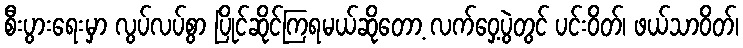
စီးပွားရေးမှာ လွပ်လပ်စွာ ပြိုင်ဆိုင်ကြရမယ်ဆိုတော့ လက်ဝှေ့ပွဲတွင် ပင်းဝိတ်၊ ဖယ်သာဝိတ်၊